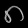
Digit: ၈